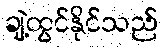
ချဲ့ထွင်နိုင်သည်